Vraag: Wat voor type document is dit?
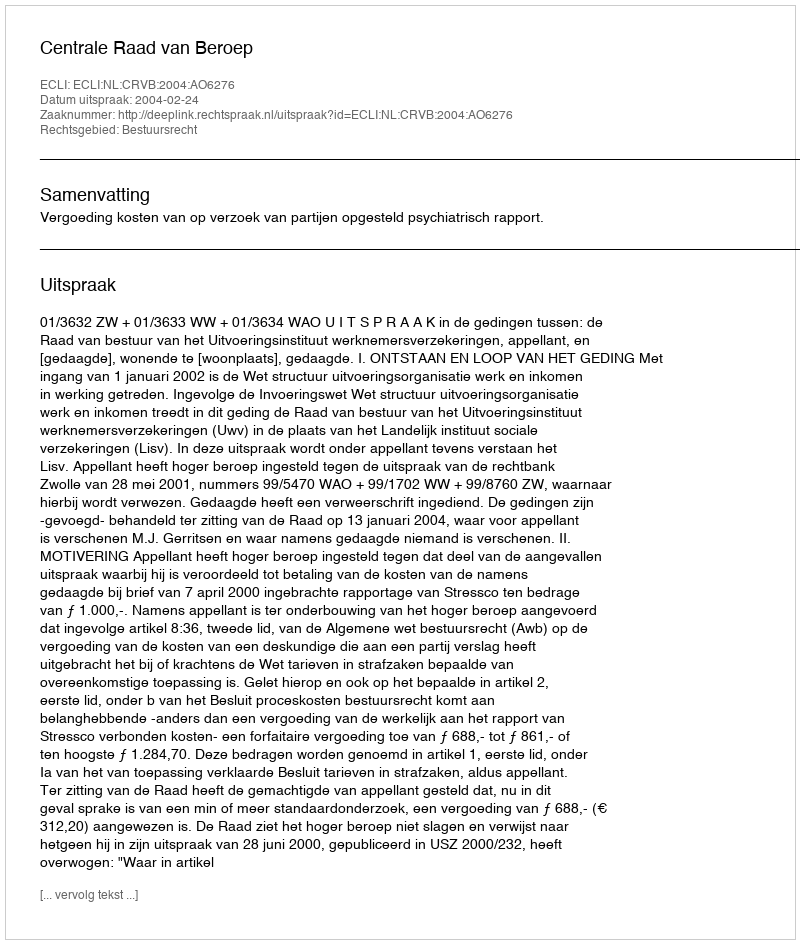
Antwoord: Uitspraak